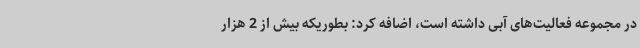
در مجموعه فعالیت‌های آبی داشته است، اضافه کرد: بطوریکه بیش از 2 هزار